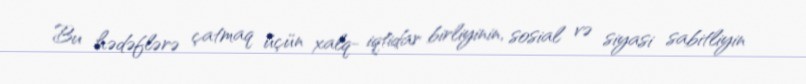
Bu hədəflərə çatmaq üçün xalq- iqtidar birliyinin, sosial və siyasi sabitliyin